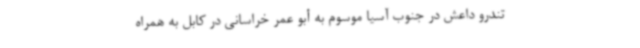
تندرو داعش در جنوب آسیا موسوم به أبو عمر خراسانی در کابل به همراه